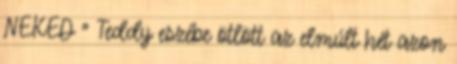
NEKED ” Teddy eszébe ötlött az elmúlt hét azon